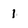
Character: 1